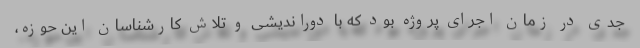
جدی در زمان اجرای پروژه بود که با دوراندیشی و تلاش کارشناسان این حوزه،